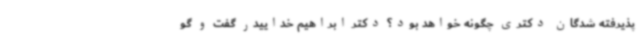
پذیرفته شدگان دکتری چگونه خواهد بود؟ دکتر ابراهیم خداییدر گفت و گو